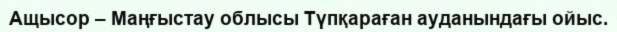
Ащысор – Маңғыстау облысы Түпқараған ауданындағы ойыс.